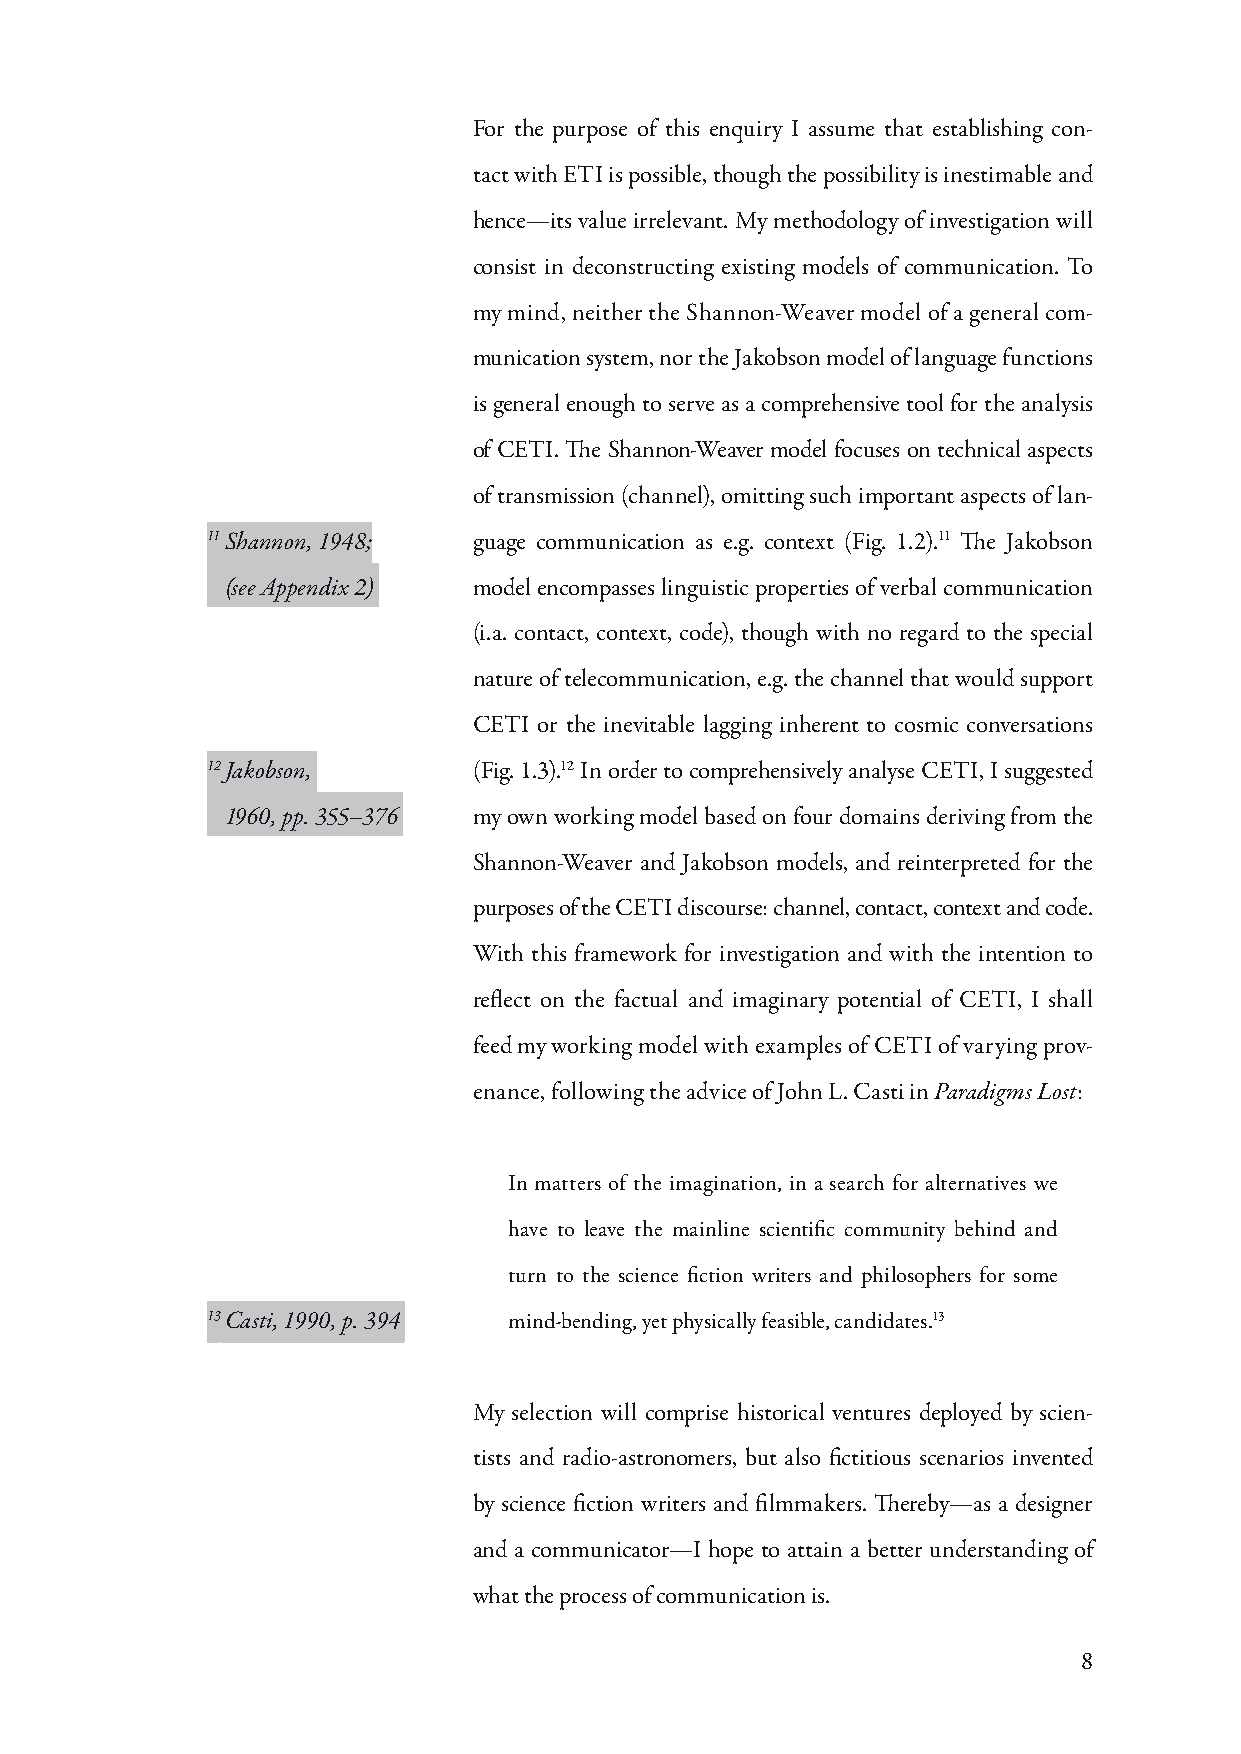
For the purpose of this enquiry I assume that establishing con-
 tact with ETI is possible, though the possibility is inestimable and
 hence—its value irrelevant. My methodology of investigation will
 consist in deconstructing existing models of communication. To
 my mind, neither the Shannon-Weaver model of a general com-
 munication system, nor the Jakobson model of language functions
 is general enough to serve as a comprehensive tool for the analysis
 of CETI. The Shannon-Weaver model focuses on technical aspects
 of transmission (channel), omitting such important aspects of lan-
 11 Shannon, 1948; guage communication as e.g. context (Fig. 1.2).11 The Jakobson
 (see Appendix 2) model encompasses linguistic properties of verbal communication
 (i.a. contact, context, code), though with no regard to the special
 nature of telecommunication, e.g. the channel that would support
 CETI or the inevitable lagging inherent to cosmic conversations
 12 Jakobson,     (Fig. 1.3).12 In order to comprehensively analyse CETI, I suggested
 1960, pp. 355–376 my own working model based on four domains deriving from the
 Shannon-Weaver and Jakobson models, and reinterpreted for the
 purposes of the CETI discourse: channel, contact, context and code.
 With this framework for investigation and with the intention to
 reflect on the factual and imaginary potential of CETI, I shall
 feed my working model with examples of CETI of varying prov-
 enance, following the advice of John L. Casti in Paradigms Lost:
 In matters of the imagination, in a search for alternatives we
 have to leave the mainline scientific community behind and
 turn to the science fiction writers and philosophers for some
 13 Casti, 1990, p. 394 mind-bending, yet physically feasible, candidates.13
 My selection will comprise historical ventures deployed by scien-
 tists and radio-astronomers, but also fictitious scenarios invented
 by science fiction writers and filmmakers. Thereby—as a designer
 and a communicator—I hope to attain a better understanding of
 what the process of communication is.
 8